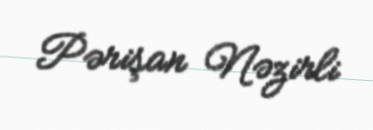
Pərişan Nəzirli